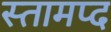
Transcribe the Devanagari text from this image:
स्तामप्द